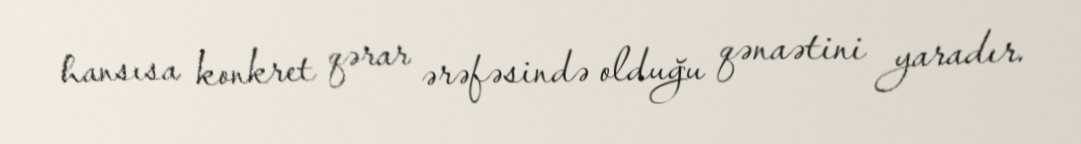
hansısa konkret qərar ərəfəsində olduğu qənaətini yaradır.